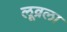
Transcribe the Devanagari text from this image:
लूव्रला